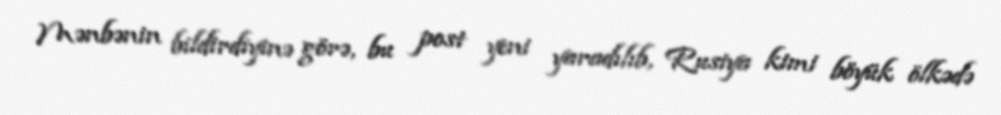
Mənbənin bildirdiyinə görə, bu post yeni yaradılıb, Rusiya kimi böyük ölkədə